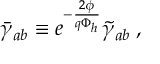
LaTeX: \bar { \gamma } _ { a b } \equiv e ^ { - \frac { 2 \phi } { q \Phi _ { h } } } \tilde { \gamma } _ { a b } \; ,